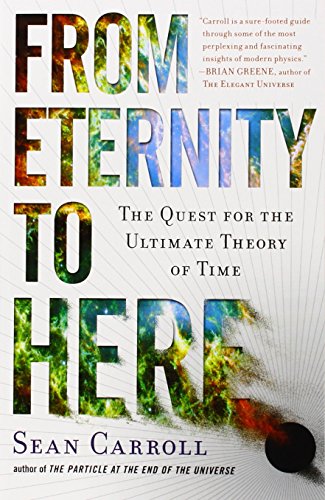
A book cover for From Eternity to Here: The Quest for the Ultimate Theory of Time; Sean Carroll; Science & Math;